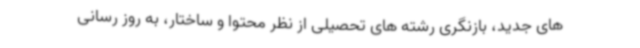
های جدید، بازنگری رشته های تحصیلی از نظر محتوا و ساختار، به روز رسانی